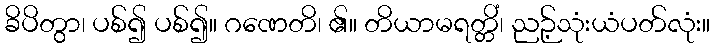
ခိပိတွာ၊ ပစ်၍ ပစ်၍။ ဂဏေတိ၊ ၏။ တိယာမရတ္တိံ၊ ညဉ့်သုံးယံပတ်လုံး။